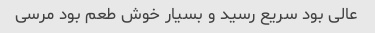
عالی بود سریع رسید و بسیار خوش طعم بود مرسی